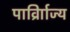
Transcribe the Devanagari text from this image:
पार्व्राािज्य